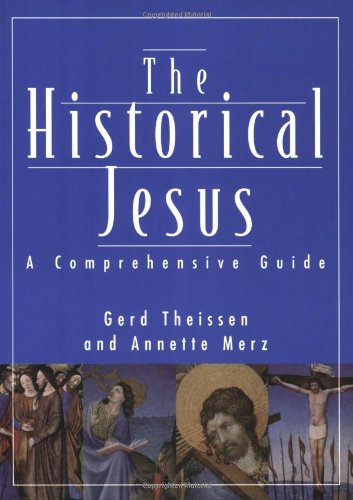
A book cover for Historical Jesus: A Comprehensive Guide; Gerd Theissen; Christian Books & Bibles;